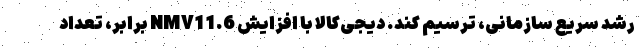
رشد سریع سازمانی، ترسیم کند. دیجی‌کالا با افزایش NMV11.6 برابر، تعداد